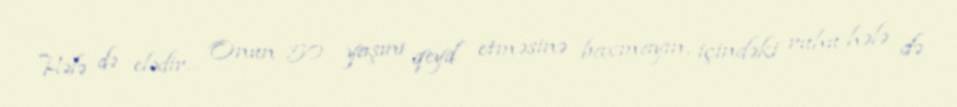
Hələ də elədir... Onun 50 yaşını qeyd etməsinə baxmayın, içindəki ruhu hələ də